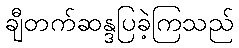
ချီတက်ဆန္ဒပြခဲ့ကြသည်